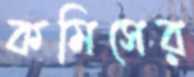
কমিসের